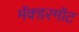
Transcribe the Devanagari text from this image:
मॅक्डरमॉट